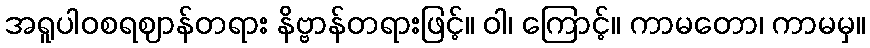
အရူပါဝစရဈာန်တရား နိဗ္ဗာန်တရားဖြင့်။ ဝါ၊ ကြောင့်။ ကာမတော၊ ကာမမှ။